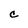
Character: C